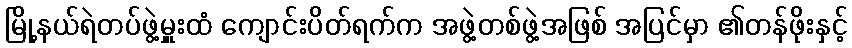
မြို့နယ်ရဲတပ်ဖွဲ့မှူးထံ ကျောင်းပိတ်ရက်က အဖွဲ့တစ်ဖွဲ့အဖြစ် အပြင်မှာ ၏တန်ဖိုးနှင့်